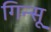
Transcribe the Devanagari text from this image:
गिन्सू